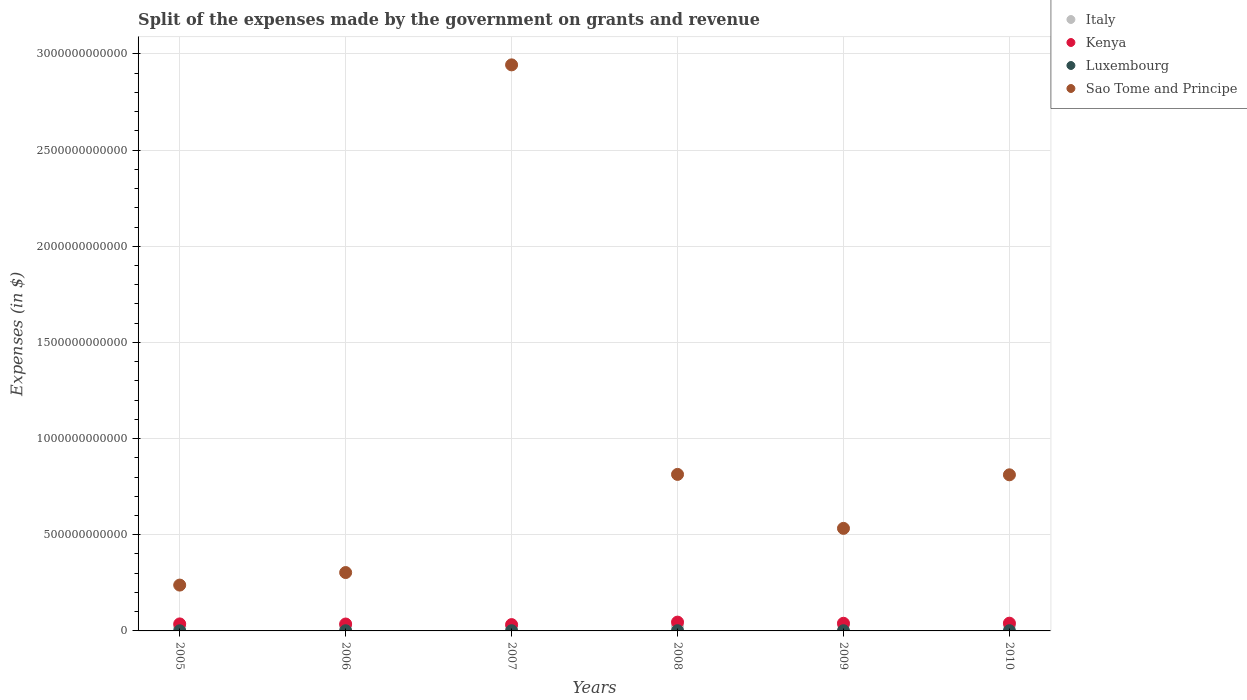
| Years | Italy | Kenya | Luxembourg | Sao Tome and Principe |
 | --- | --- | --- | --- | --- |
 | 2005 | 2.16e+10 | 3.64e+10 | 7.36e+08 | 2.38e+11 |
 | 2006 | 2.53e+10 | 3.59e+10 | 9.05e+08 | 3.04e+11 |
 | 2007 | 2.34e+10 | 3.28e+10 | 1.03e+09 | 2.94e+12 |
 | 2008 | 2.44e+10 | 4.58e+10 | 1.19e+09 | 8.14e+11 |
 | 2009 | 3.13e+10 | 3.98e+10 | 1.07e+09 | 5.33e+11 |
 | 2010 | 2.84e+10 | 4.03e+10 | 1.15e+09 | 8.12e+11 |